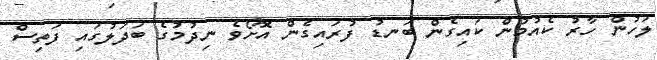
ލަހުން ހާރު ކެއުމުން ކައިގެން ބަނޑު ފުރައިގެން އޮށޯވެ ނިދުމުގެ ބަދަލުގައި ފަތިސް